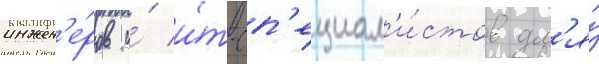
инжен'е́ров и́ и́т-сп'ециал'и́стов дл'я́